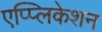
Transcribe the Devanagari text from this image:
एप्प्लिकेशन